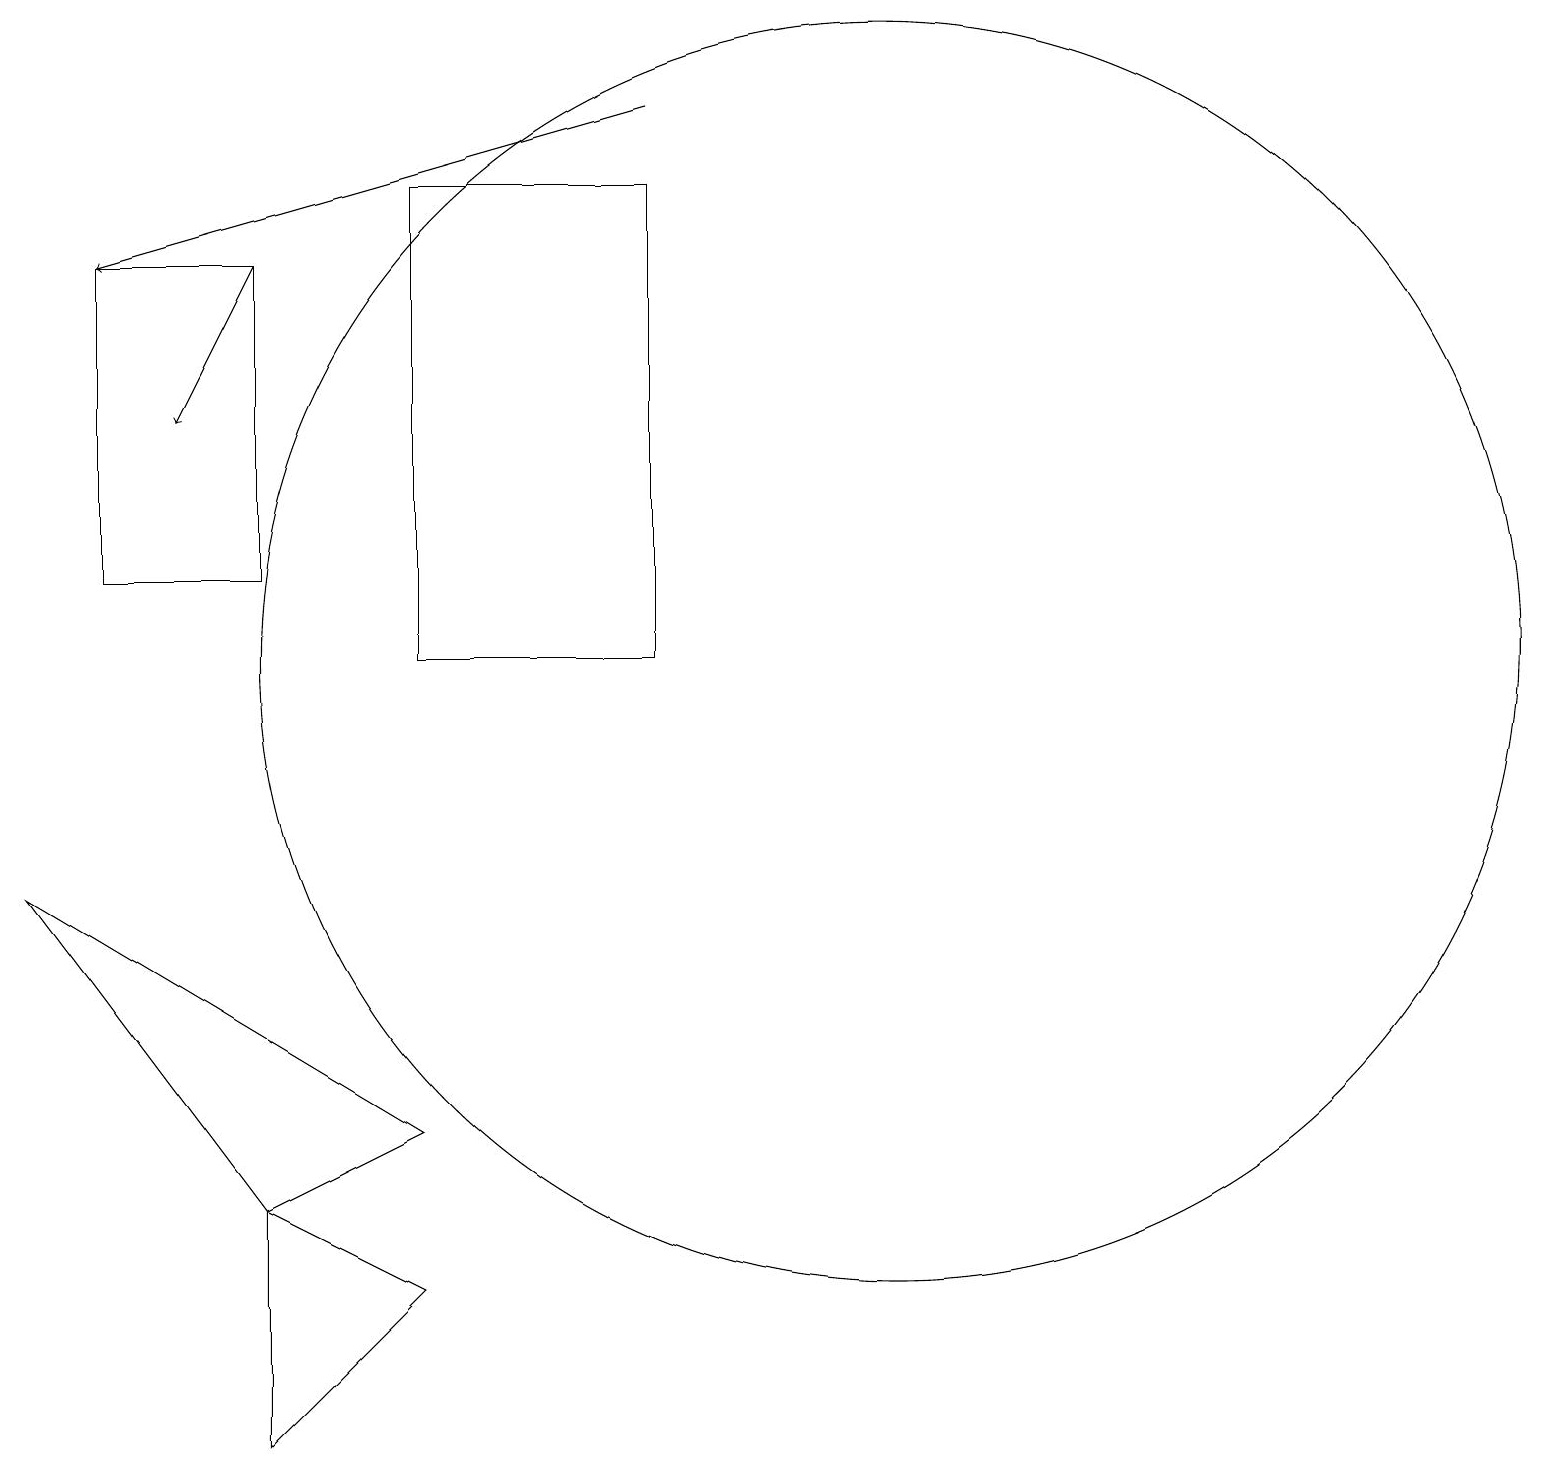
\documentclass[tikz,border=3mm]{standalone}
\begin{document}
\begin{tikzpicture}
\draw (6,3) -- (4,4) -- (4,1) -- cycle;
\draw (4,12) rectangle (2,16);
\draw (4,4) -- (1,8) -- (6,5) -- cycle;
\draw (12,11) circle (8);
\draw[->] (9,18) -- (2,16);
\draw (9,17) rectangle (6,11);
\draw[->] (4,16) -- (3,14);
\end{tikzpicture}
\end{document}